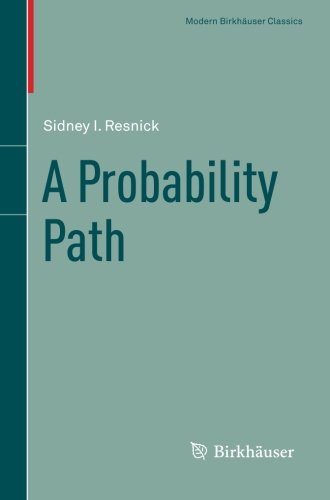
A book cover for A Probability Path (Modern BirkhÃ¤user Classics); Sidney I. Resnick; Business & Money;